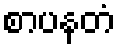
စာပနတံ